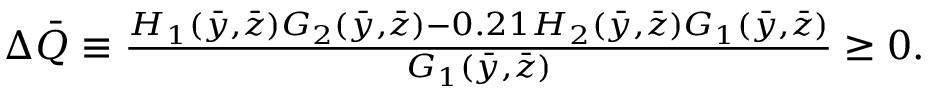
\begin{array} { r } { \Delta \bar { Q } \equiv \frac { H _ { 1 } ( \bar { y } , \bar { z } ) G _ { 2 } ( \bar { y } , \bar { z } ) - 0 . 2 1 H _ { 2 } ( \bar { y } , \bar { z } ) G _ { 1 } ( \bar { y } , \bar { z } ) } { G _ { 1 } ( \bar { y } , \bar { z } ) } \geq 0 . } \end{array}